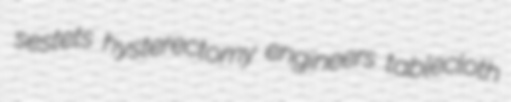
sestets hysterectomy engineers tablecloth